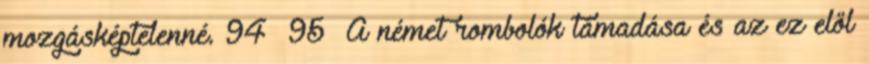
mozgásképtelenné. 94 95 A német rombolók támadása és az ez elől